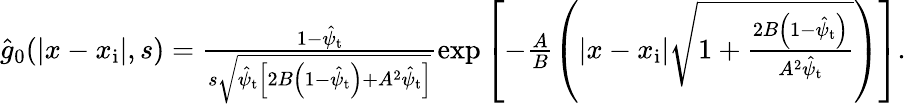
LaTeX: \begin{array}{r}{\hat{g}_{0}(|x-x_{\mathrm{i}}|,s)=\frac{1-\hat{\psi}_{\mathrm{t}}}{s\sqrt{\hat{\psi}_{\mathrm{t}}\left[2B\left(1-\hat{\psi}_{\mathrm{t}}\right)+A^{2}\hat{\psi}_{\mathrm{t}}\right]}}\exp\left[-\frac{A}{B}\left(|x-x_{\mathrm{i}}|\sqrt{1+\frac{2B\left(1-\hat{\psi}_{\mathrm{t}}\right)}{A^{2}\hat{\psi}_{\mathrm{t}}}}\right)\right].}\end{array}